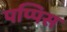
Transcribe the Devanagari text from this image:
पप्पिस